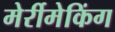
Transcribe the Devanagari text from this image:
मेर्रीमेकिंग